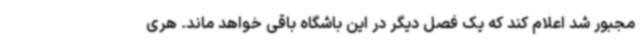
مجبور شد اعلام کند که یک فصل دیگر در این باشگاه باقی خواهد ماند. هری